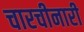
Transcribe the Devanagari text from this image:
चारचीनारी